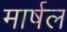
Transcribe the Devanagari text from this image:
मार्षल